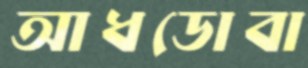
আধডোবা